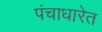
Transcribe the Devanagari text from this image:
पंचाधारेत